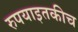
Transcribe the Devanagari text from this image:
रुपयाइतकीच